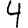
Digit: 4